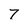
Character: 7